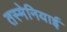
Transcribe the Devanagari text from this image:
तस्मेनियाई